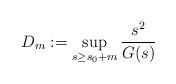
LaTeX: \begin{align*} D_m:=\sup_{s\geq s_0+m}\frac{s^2}{G(s)}\end{align*}